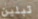
تبلين